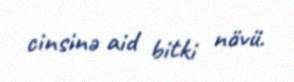
cinsinə aid bitki növü.